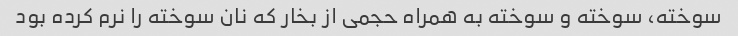
سوخته، سوخته و سوخته به همراه حجمی از بخار که نان سوخته را نرم کرده بود